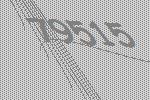
79515